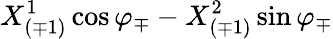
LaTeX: {X_{(\mp 1)}^{1}\cos\varphi_{\mp}-X_{(\mp 1)}^{2}\sin\varphi_{\mp}}